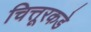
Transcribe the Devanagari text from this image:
चित्तूरकडे